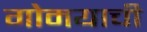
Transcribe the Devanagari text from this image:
गोमयाची